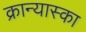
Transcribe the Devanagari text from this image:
क्रान्यास्का